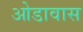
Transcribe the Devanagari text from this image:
ओडावास